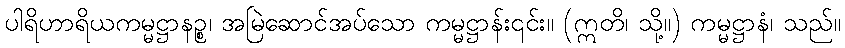
ပါရိဟာရိယကမ္မဋ္ဌာနဉ္စ၊ အမြဲဆောင်အပ်သော ကမ္မဋ္ဌာန်း၎င်း။ (ဣတိ၊ သို့။) ကမ္မဋ္ဌာနံ၊ သည်။